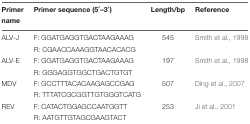
<table><thead><tr><td><b>Primer</b></td><td><b>Primer sequence (5′–3′)</b></td><td><b>Length/bp</b></td><td><b>Reference</b></td></tr><tr><td><b>name</b></td><td></td><td></td><td></td></tr></thead><tbody><tr><td>ALV-J</td><td>F: GGATGAGGTGACTAAGAAAG</td><td>545</td><td>Smith et al., 1998</td></tr><tr><td></td><td>R: CGAACCAAAGGTAACACACG</td><td></td><td></td></tr><tr><td>ALV-E</td><td>F: GGATGAGGTGACTAAGAAAG</td><td>197</td><td>Smith et al., 1998</td></tr><tr><td></td><td>R: GGGAGGTGGCTGACTGTGT</td><td></td><td></td></tr><tr><td>MDV</td><td>F: GCCTTTACACAAGAGCCGAG</td><td>507</td><td>Ding et al., 2007</td></tr><tr><td></td><td>R: TTTATCGCGGTTGTGGGTCATG</td><td></td><td></td></tr><tr><td>REV</td><td>F: CATACTGGAGCCAATGGTT</td><td>253</td><td>Ji et al., 2001</td></tr><tr><td></td><td>R: AATGTTGTAGCGAAGTACT</td><td></td><td></td></tr></tbody></table>